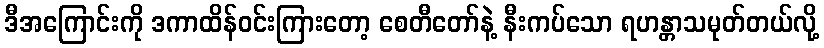
ဒီအကြောင်းကို ဒကာထိန်ဝင်းကြားတော့ စေတီတော်နဲ့ နီးကပ်သော ရဟန္တာသမုတ်တယ်လို့